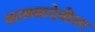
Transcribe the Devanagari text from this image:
काळबादेवीला